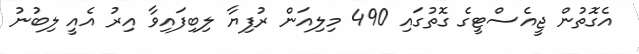
އެގޮތުން ޖީއެސްޓީގެ ގޮތުގައި 490 މިލިއަން ރުފިޔާ ލިބިފައިވާ އިރު އެއީ ލިބުނު